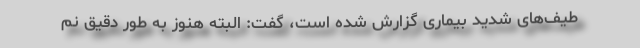
طیف‌های شدید بیماری گزارش شده است، گفت: البته هنوز به طور دقیق نم